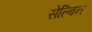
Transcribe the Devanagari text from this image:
सेल्बिन